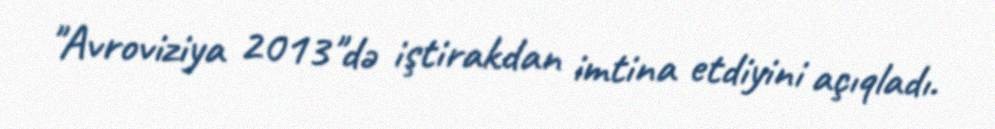
"Avroviziya 2013"də iştirakdan imtina etdiyini açıqladı.